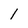
Character: l